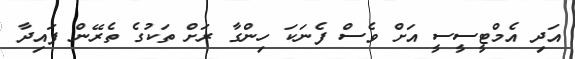
އަދި އެމްޓީސީސީ އަށް ވެސް ފެނަަކަ ހިންގާ ރަށް ތަކުގެ ތެރޭން ފައިދާ